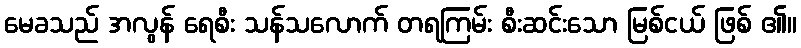
မေခသည် အလွန် ရေစီး သန်သလောက် တရကြမ်း စီးဆင်းသော မြစ်ငယ် ဖြစ် ၏။